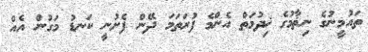
ތައުމީނުގެ ނިޡާމުގެ ޚިދުމަތް އެންމެ ފުރަތަމަ ދޭން ފެށުނީ ކަނޑު މަގުން އެއް